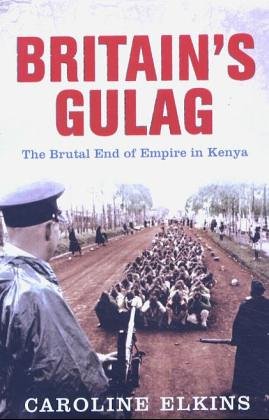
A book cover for Britain's Gulag: The Brutal End of Empire in Kenya; Caroline Elkins; History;